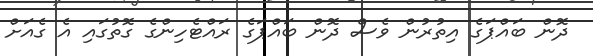
ދޮން ބައްޕަގެ އިތުރުން ވެސް ދޮން ބައްޕަގެ ރައްޓެހިންގެ ގޮތުގައި އެ ގެއަށް